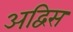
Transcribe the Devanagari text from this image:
अद्विस